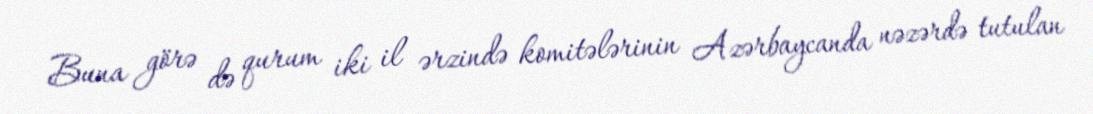
Buna görə də qurum iki il ərzində komitələrinin Azərbaycanda nəzərdə tutulan